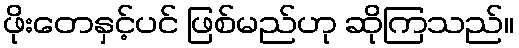
ဖိုးတေနှင့်ပင် ဖြစ်မည်ဟု ဆိုကြသည်။